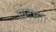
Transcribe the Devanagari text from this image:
विटोला